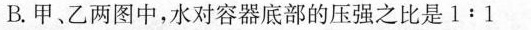
B.甲、乙两图中，水对容器底部的压强之比是1:1